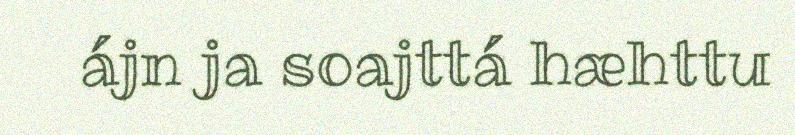
ájn ja soajttá hæhttu